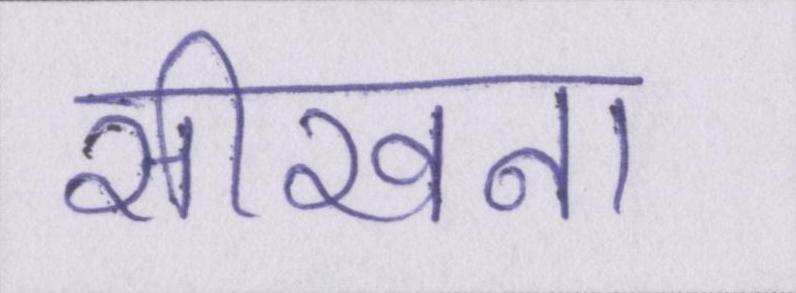
सीखना